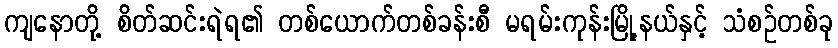
ကျနောတို့ စိတ်ဆင်းရဲရ၏ တစ်ယောက်တစ်ခန်းစီ မရမ်းကုန်းမြို့နယ်နှင့် သံစဉ်တစ်ခု